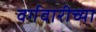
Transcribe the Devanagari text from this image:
वर्गवारीच्या